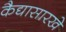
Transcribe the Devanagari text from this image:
कैद्यासारखे